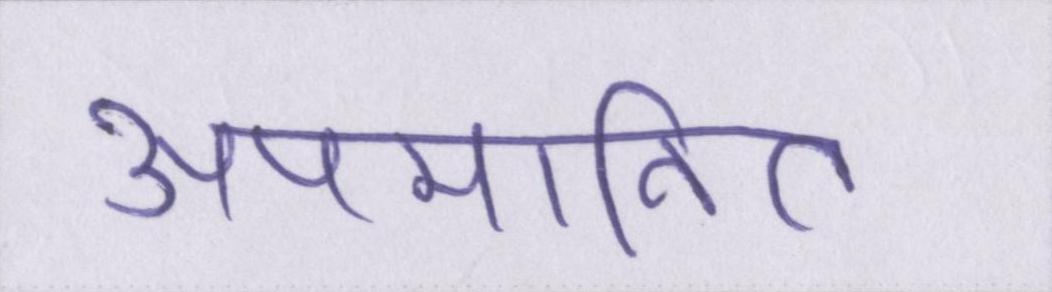
अपमानित